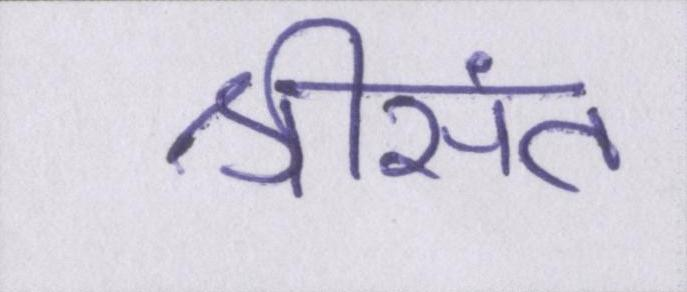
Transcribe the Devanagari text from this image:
श्रीसंत